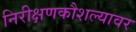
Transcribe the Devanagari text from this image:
निरीक्षणकौशल्यावर